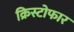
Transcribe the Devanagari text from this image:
क्रिस्टोफार